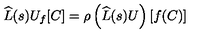
\widehat { { L } } ( s ) U _ { f } [ C ] = \rho \left( \widehat { { L } } ( s ) U \right) [ f ( C ) ]